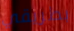
بطريقي